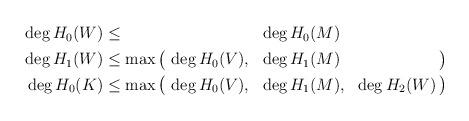
LaTeX: \begin{align*}\begin{aligned}\deg H_0(W)&\leq \phantom{\max\big(\,\deg H_0(V),\ \ }\deg H_0(M)\\\deg H_1(W)&\leq \max\big(\,\deg H_0(V),\ \ \deg H_1(M)\phantom{,\ \ \deg H_2(W)}\,\big)\\\deg H_0(K)&\leq \max\big(\,\deg H_0(V),\ \ \deg H_1(M),\ \ \deg H_2(W)\,\big)\\\end{aligned}\end{align*}